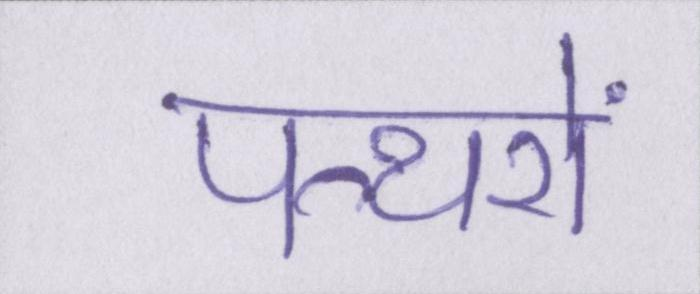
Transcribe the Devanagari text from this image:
पत्थरों